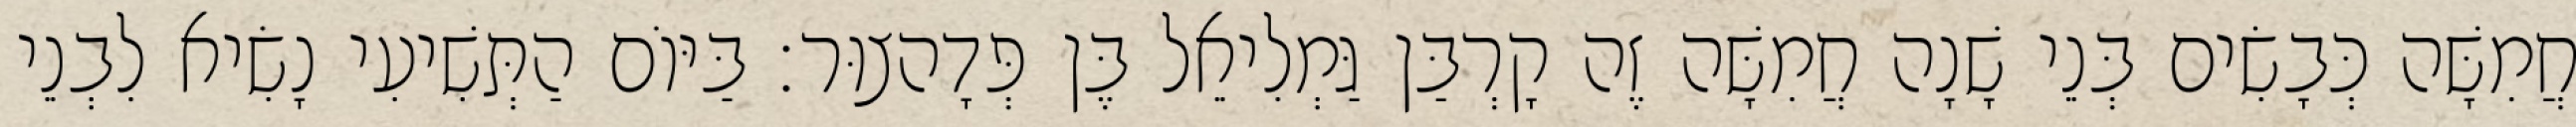
חֲמִשָּׁה כְּבָשִׂים בְּנֵי שָׁנָה חֲמִשָּׁה זֶה קָרְבַּן גַּמְלִיאֵל בֶּן פְּדָהצוּר׃ בַּיּוֹם הַתְּשִׁיעִי נָשִׂיא לִבְנֵי